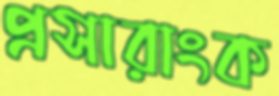
প্রসারাংক